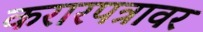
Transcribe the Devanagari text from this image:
करारपत्रावर